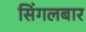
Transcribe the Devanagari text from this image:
सिंगलबार